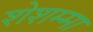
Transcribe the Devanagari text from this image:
शेशम्मा